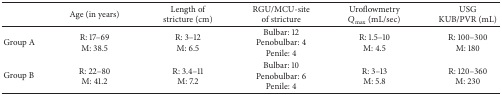
<table><thead><tr><td><b> </b></td><td><b>Age (in years)</b></td><td><b>Length of stricture (cm)</b></td><td><b>RGU/MCU-site of stricture</b></td><td><b>Uroflowmetry <i>Q</i><sub>max⁡</sub> (mL/sec)</b></td><td><b>USGKUB/PVR (mL)</b></td></tr></thead><tbody><tr><td>Group A</td><td>R: 17–69M: 38.5</td><td>R: 3–12M: 6.5</td><td>Bulbar: 12Penobulbar: 4Penile: 4</td><td>R: 1.5–10 M: 4.5</td><td>R: 100–300M: 180</td></tr><tr><td>Group B</td><td>R: 22–80M: 41.2</td><td>R: 3.4–11M: 7.2</td><td>Bulbar: 10Penobulbar: 6Penile: 4</td><td>R: 3–13M: 5.8</td><td>R: 120–360M: 230</td></tr></tbody></table>